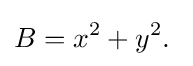
B=x^{2}+y^{2}.\